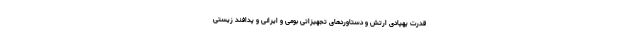
قدرت پهپادی ارتش و دستاوردهای تجهیزاتی بومی و ایرانی و پدافند زیستی